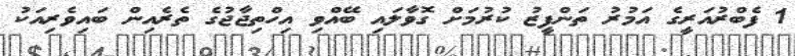
1 ފެބްރުއަރީގެ އަމުރު ތަންފީޒު ކުރުމަށް ގޮވާލަައި ބޭއްވި އިހްތިޖާޖުގެ ތެރެއިން ބައިވެރިއަކު